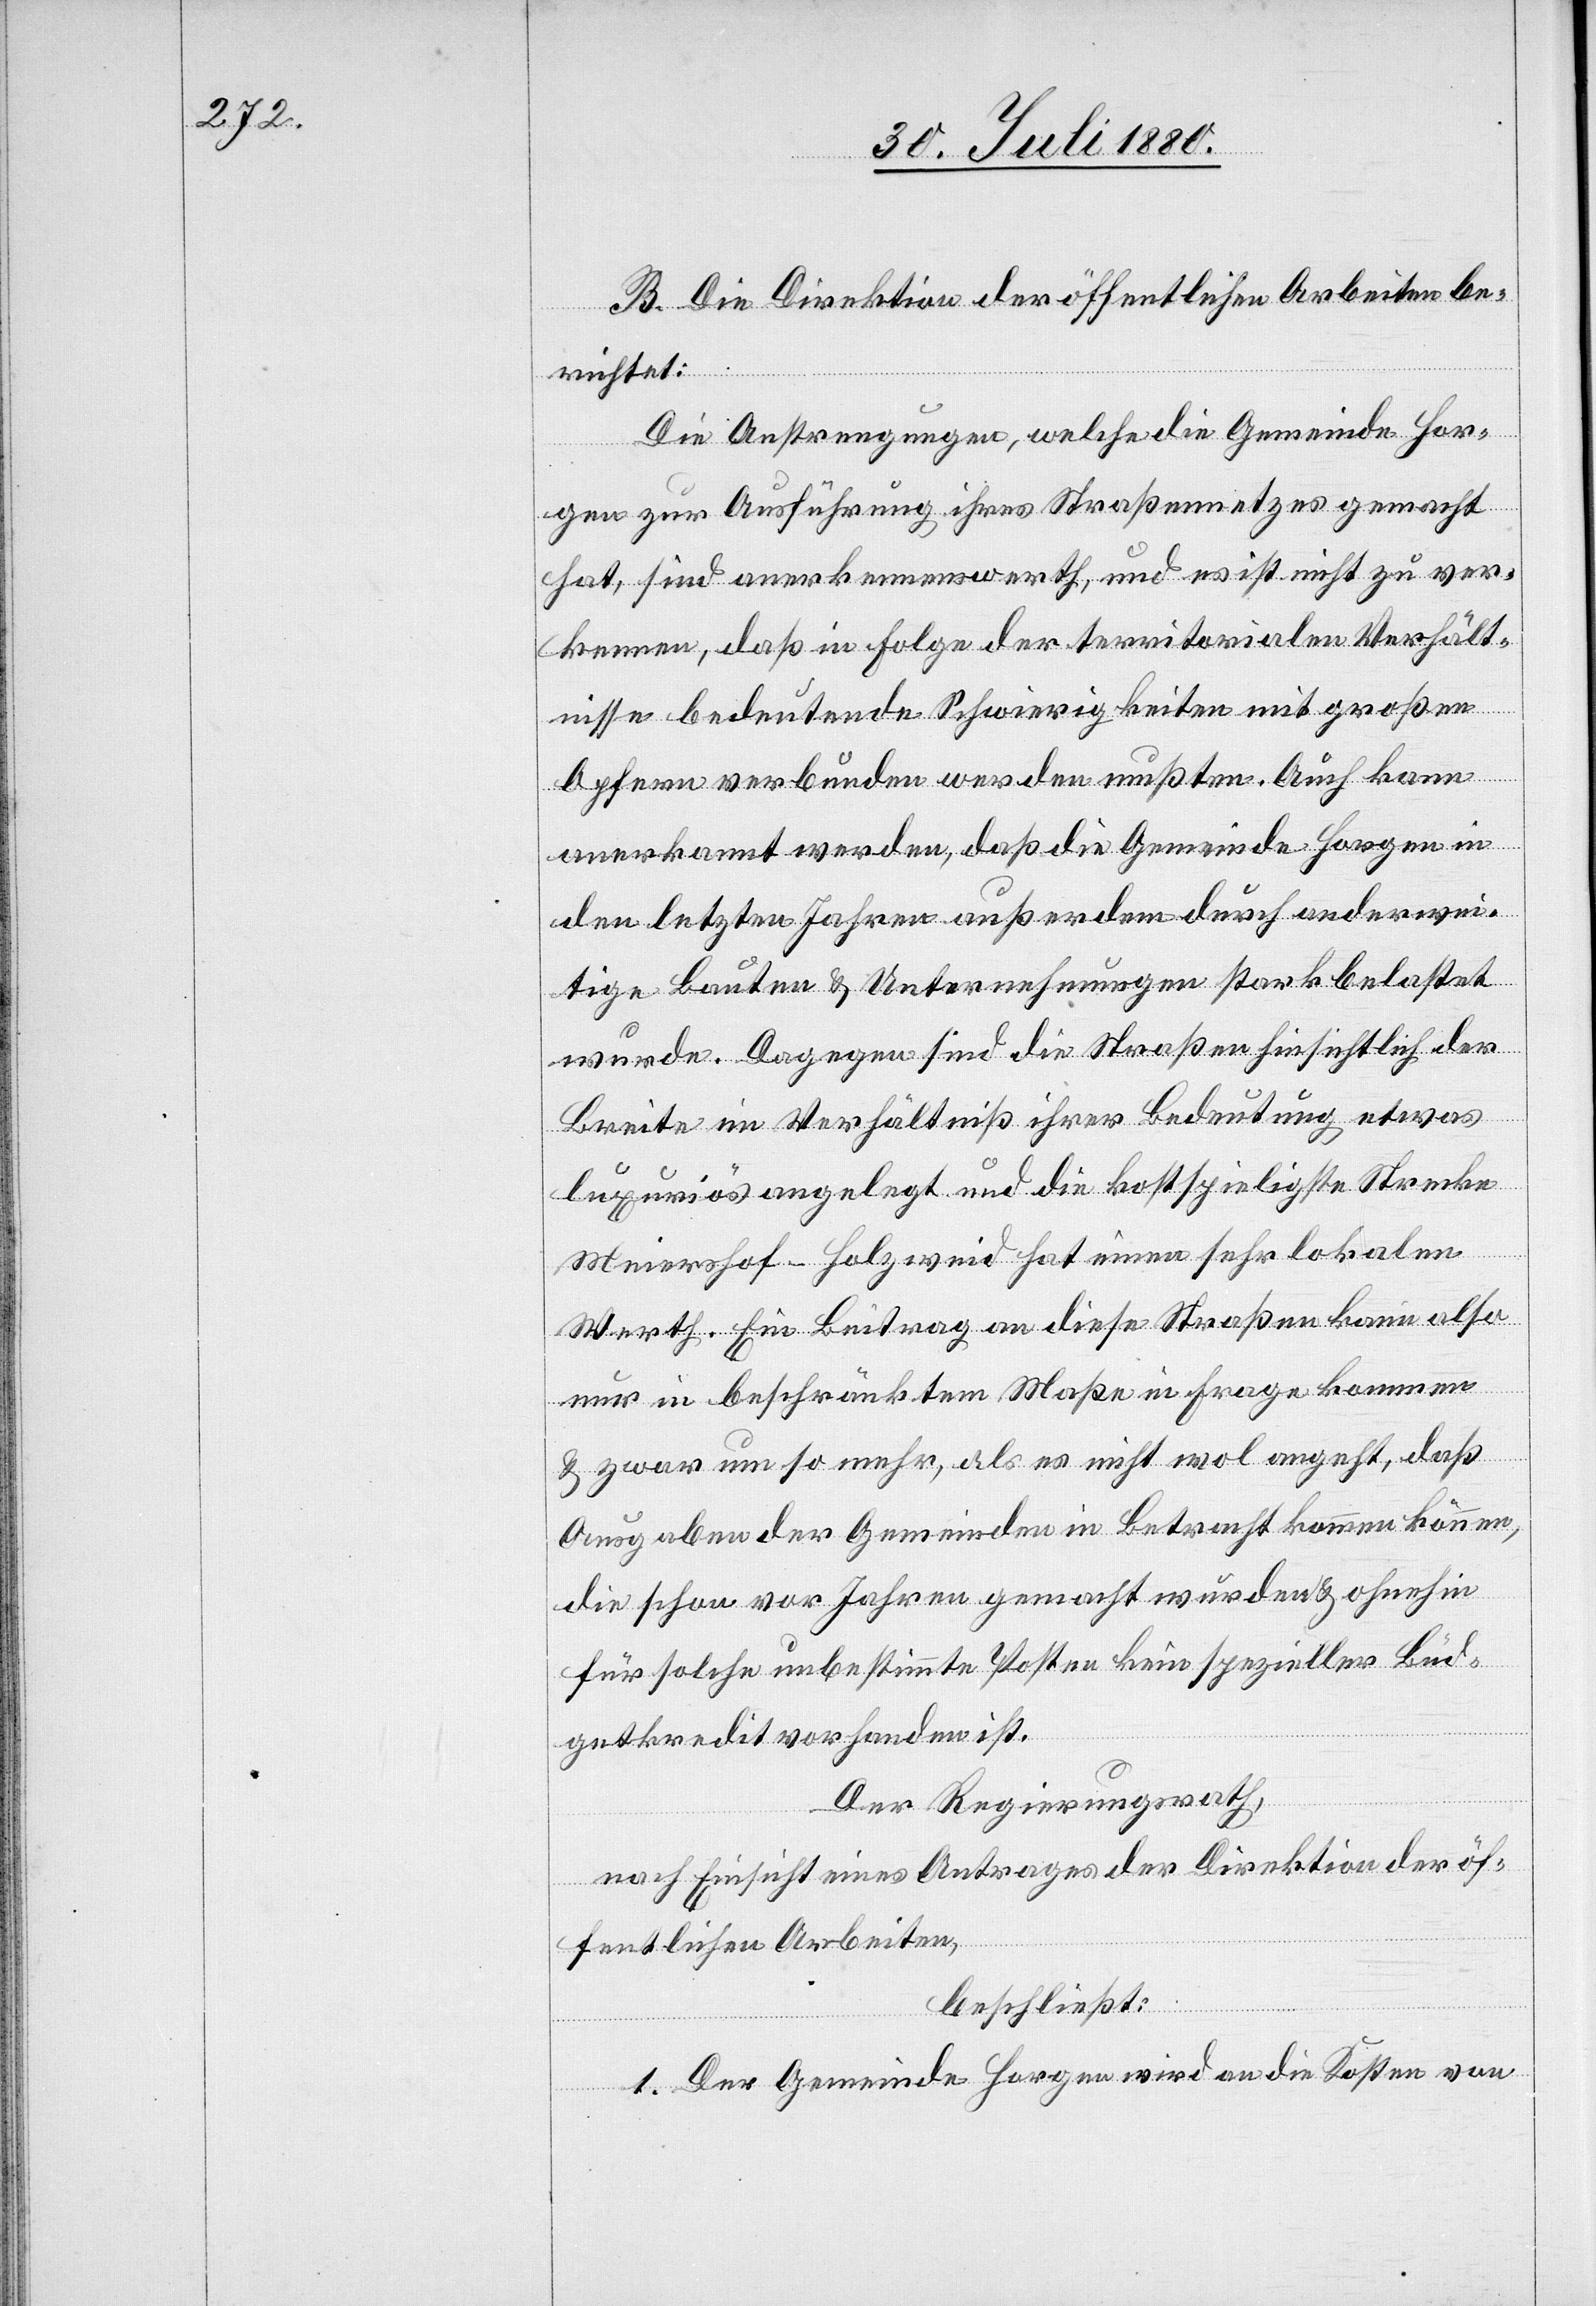
B. Die Direktion der öffentlichen Arbeiten be¬
richtet:
Die Anstrengungen, welche die Gemeinde Hor¬
gen zur Ausführung ihres Straßennetzes gemacht
hat, sind anerkennenswerth, und es ist nicht zu ver¬
kennen, daß in Folge der territorialen Verhält¬
nisse bedeutende Schwierigkeiten mit großen
Opfern verbunden werden mußten. Auch kann
anerkannt werden, daß die Gemeinde Horgen in
den letzten Jahren außerdem durch anderwei¬
tige Bauten & Unternehmungen stark belastet
wurde. Dagegen sind die Straßen hinsichtlich der
Breite im Verhältniß ihrer Bedeutung etwas
luxuriös angelegt und die kostspielige Strecke
Meiershof–Salzweid hat einen sehr lokalen
Werth. Ein Beitrag an diese Straßen kann also
nur in beschränktem Maße in Frage kommen
& zwar um so mehr, als es nicht wol angeht, daß
Ausgaben der Gemeinden in Betracht kommen können
die schon vor Jahren gemacht wurden & ohnehin
für solche unbestimmte Posten kein spezieller Bud¬
getkredit vorhanden ist.
Der Regierungsrath,
nach Einsicht eines Antrages der Direktion der öf¬
fentlichen Arbeiten,
beschließt:
1. Der Gemeinde Horgen wird an die Kosten von